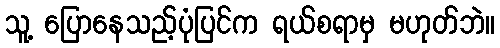
သူ့ ပြောနေသည့်ပုံပြင်က ရယ်စရာမှ မဟုတ်ဘဲ။